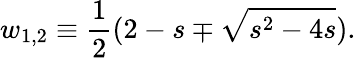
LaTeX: w_{1,2}\equiv{\frac{1}{2}}(2-s\mp\sqrt{s^{2}-4s}).